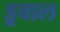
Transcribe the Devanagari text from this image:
डूवाल